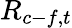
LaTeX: R_{c-f,t}